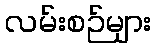
လမ်းစဉ်များ